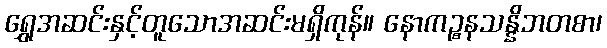
ရွှေအဆင်းနှင့်တူသောအဆင်းမရှိကုန်။ နောကဉ္စနသန္နိဘတစာ၊